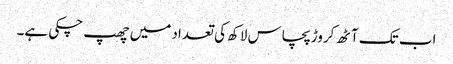
اب تک آٹھ کروڑ پچاس لاکھ کی تعداد میں چھپ چکی ہے۔